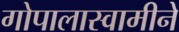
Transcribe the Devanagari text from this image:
गोपालास्वामीने